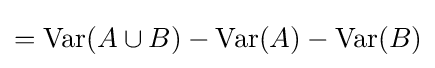
={\text{Var}}(A\cup B)-{\text{Var}}(A)-{\text{Var}}(B)